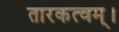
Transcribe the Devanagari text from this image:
तारकत्वम्।